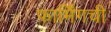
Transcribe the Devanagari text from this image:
फार्मिंगची